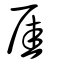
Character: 厓